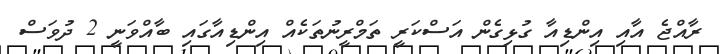
ރާއްޖެ އާއި އިންޑިއާ ގުޅިގެން އަސްކަރީ ތަމްރީނުތަކެއް އިންޑިއާގައި ބާއްވަނީ 2 ދުވަސް